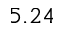
5 . 2 4